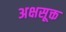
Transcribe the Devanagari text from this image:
अक्षसूक्त